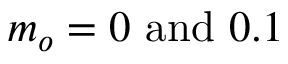
m _ { o } = 0 ~ \mathrm { a n d } ~ 0 . 1